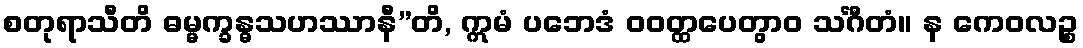
စတုရာသီတိ ဓမ္မက္ခန္ဓသဟဿာနီ”တိ, ဣမံ ပဘေဒံ ဝဝတ္ထပေတွာဝ သင်္ဂီတံ။ န ကေဝလဉ္စ